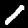
Label: 1